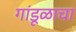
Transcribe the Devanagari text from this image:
गांडूळाचा